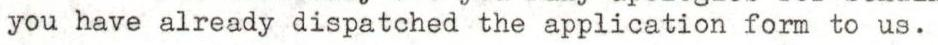
you have already dispatched the application form to us.